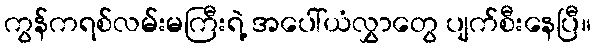
ကွန်ကရစ်လမ်းမကြီးရဲ့ အပေါ်ယံလွှာတွေ ပျက်စီးနေပြီ။